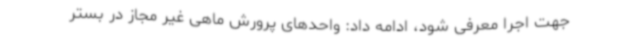
جهت اجرا معرفی شود، ادامه داد: واحدهای پرورش ماهی غیر مجاز در بستر